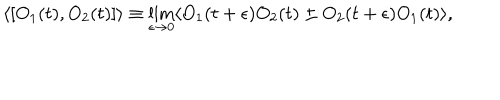
LaTeX: \langle [ O _ { 1 } ( t ) , O _ { 2 } ( t ) ] \rangle \equiv \lim _ { \epsilon \rightarrow 0 } \langle O _ { 1 } ( t + \epsilon ) O _ { 2 } ( t ) \pm O _ { 2 } ( t + \epsilon ) O _ { 1 } ( t ) \rangle ,